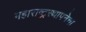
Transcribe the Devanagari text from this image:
महाराष्ट्रस्थापनेचा